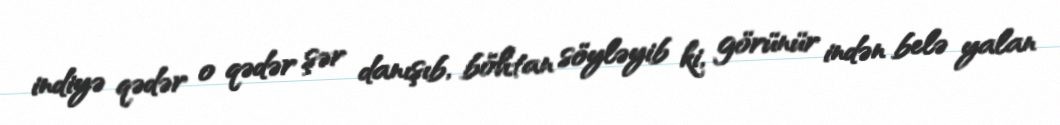
indiyə qədər o qədər şər danışıb, böhtan söyləyib ki, görünür indən belə yalan